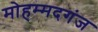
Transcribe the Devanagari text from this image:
मोहम्मदगंज